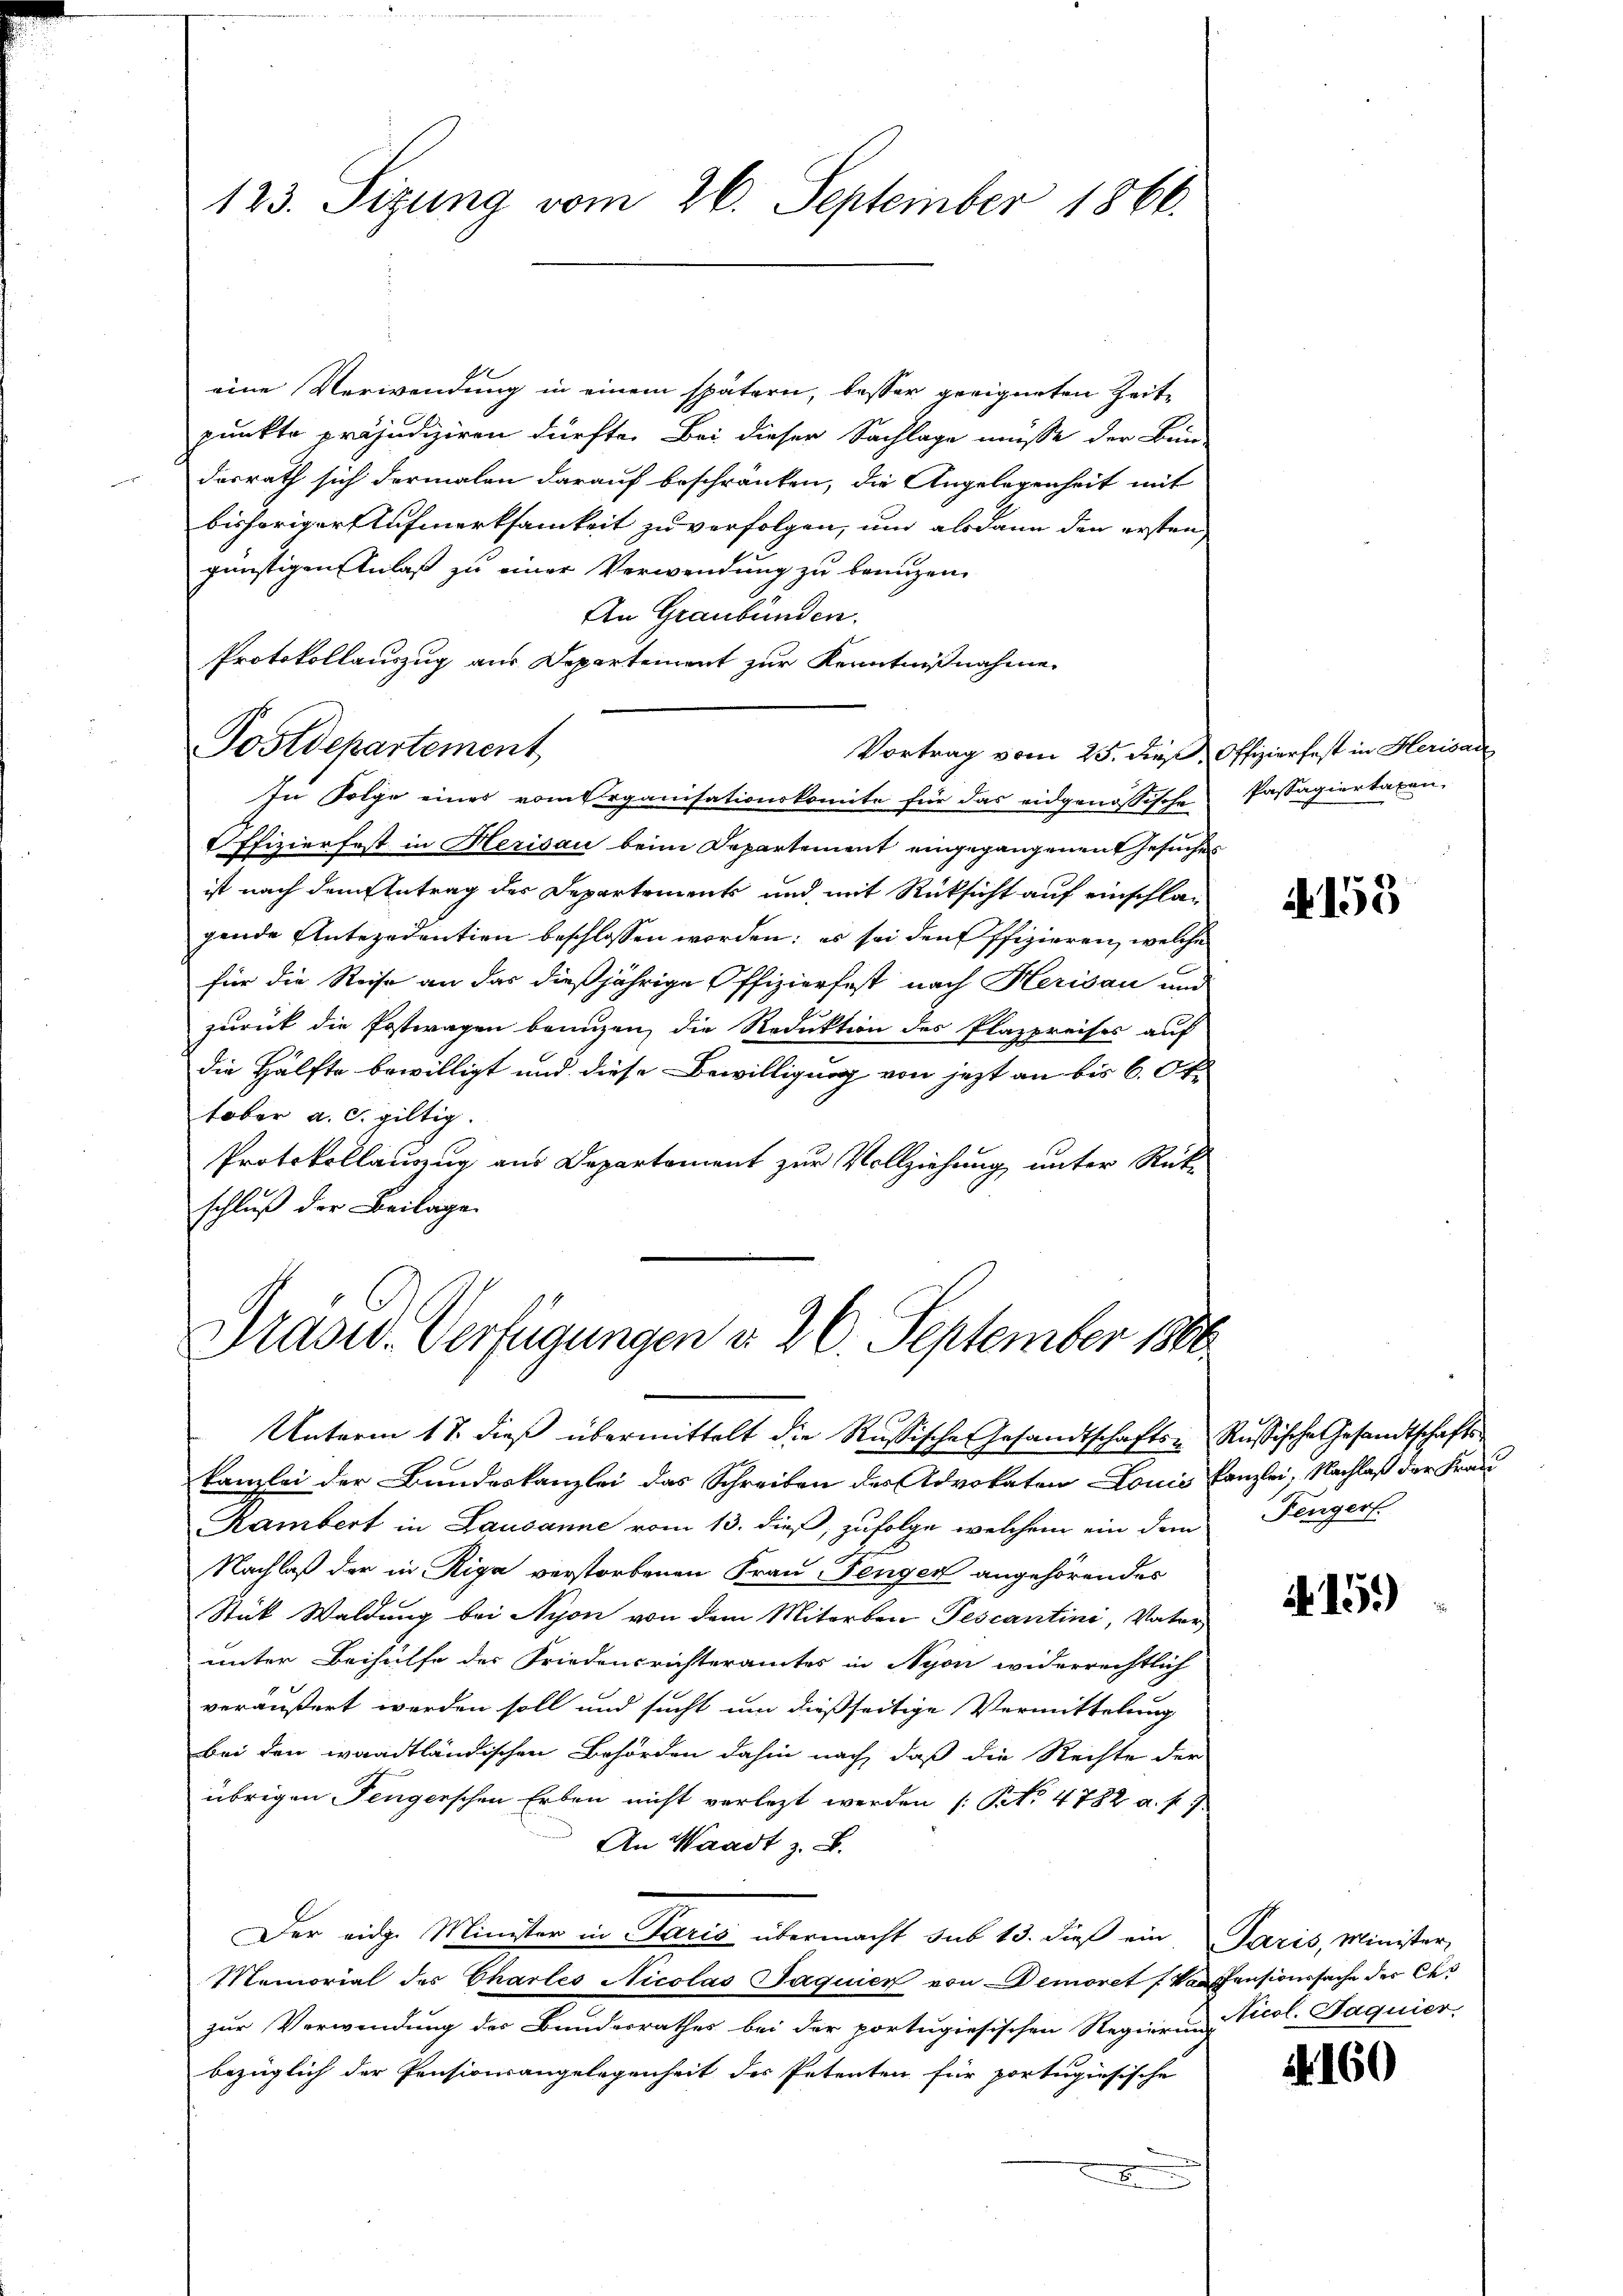
123. Sizung vom 26. September 1866.

Postdepartement

eine Verwendung in einem spätern, besser geeigneten Zeitpunkte präjudiziren dürfte. Bei dieser Sachlage müsse der Bun-
desrath sich dermalen darauf beschränken, die Angelegenheit mit
bisheriger Aufmerksamkeit zu verfolgen, und alsdann den ersten,
günstigen Anlaß zu einer Verwendung zu benuzen.
An Graubünden.
Protokollauszug aus Departement zur Kenntnißnahme.
Vortrag vom 25. dieß, Offizierfest in Herisar
In Folge eines vom Organisationskomite für das eidgenössische Passagiertaxen,
Offizierfast in Herisau beim Departement eingegangenen Gesuches
ist nach dem Antrag der Departements und mit Rücksicht auf einschlagende Antezedention beschlossen worden; es sei den Offizieren, welche
für die Reise an das dießjährige Offizierfest nach Herisau und
zurück die Postwagen brunzen, die Reduktion des Plazpreises auf
die Hälfte bewilligt und diese Bewilligung von jezt an bis 6. Okt.
tober a. c. giltig.
Protokollauszug aus Departement zur Vollziehung unter Rückschluß der Beilage.

Prasid. Verfügungen d. 26. September 1866

d
Nachlaß der in Riga verstorbenen Frau Fenger angehörendes
Stück Waldung bei Nyon von dem Miterben Pescantini, Vater
unter Beihülfe der Friedensrichteramtes in Nyon widerrechtlich
veräußert werden soll und sucht um dießseitige Vermittelung
bei den waadtländischen Behörden dahin nach, daß die Rechte der
übrigen Fengerschen Erben nicht verletzt werden (: Pct. 4782 a. p.
An Waadt z. B.
Der eidg. Minister in Paris übermacht sub 15. dieβ ein Paris, Minister,
Memorial des Chartes Nicolas Jaquier von Demoret, anfensionssache der Ces
zur Verwendung der Bundesrathes bei der portugiesischen Regierung Vicol. Saquier
bezüglich der Pensionsangelegenheit des Petenten für portugisische
n

Unterm 18. dieß übermittelt die Russische Gesandtschafts- Russische Gesandtschaftskanzlei der Bundeskanzlei das Schreiben des Advokaten Louis Kanzlei, Nachlaß der Frau
Rambert in Lausanne vom 13. dieß, zufolge welchem ein dem

A 155

Fengerl.

A 151)

A. 160